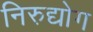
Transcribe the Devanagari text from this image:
निरुद्योग